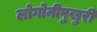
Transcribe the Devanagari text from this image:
लोगोनीपुखुरी